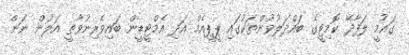
ގައުމީ ލަފާދޭ ކޮމިޓީގެ ބައްދަލުވުންތަކުގައި ޕީޕީއެމް އަދި އެމްޓީޑީން ބައިވެރިނުވާތީ އަލުން ނަން